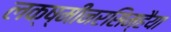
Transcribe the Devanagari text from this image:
लक्ष्मीनरसिम्हैया